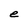
Character: e